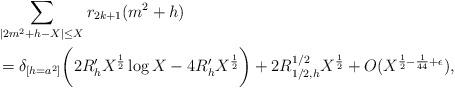
LaTeX: \begin{align*} &\sum_{\lvert 2m^2 + h - X \rvert \leq X} r_{2k+1}(m^2 + h) \\ &= \delta_{[h = a^2]} \bigg( 2 R'_h X^{\frac{1}{2}} \log X -4 R'_h X^{\frac{1}{2}} \bigg) + 2R_{1/2, h}^{1/2} X^{\frac{1}{2}} + O(X^{\frac{1}{2} -\frac{1}{44} + \epsilon}), \end{align*}